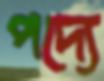
পদ্যে